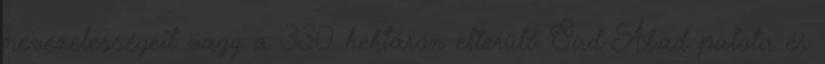
nevezetességeit vagy a 330 hektáron elterülő S'ad-Abad palota és